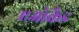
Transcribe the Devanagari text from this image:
एओकैड